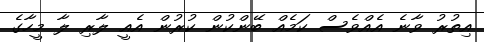
އިތުރު ވާނެ އެއްވެސް ކަމެއް ބޭންކުން ކުރުން އެއީ ލާރި ލާ މީހާގެ